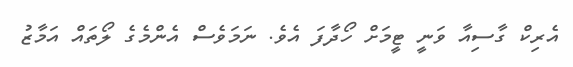
އެރިކް ގާސިއާ ވަނީ ޓީމަށް ހޯދާފަ އެވެ. ނަމަވެސް އެންމެގެ ލޯތައް އަމާޒު